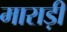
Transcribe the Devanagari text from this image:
माराड़ी